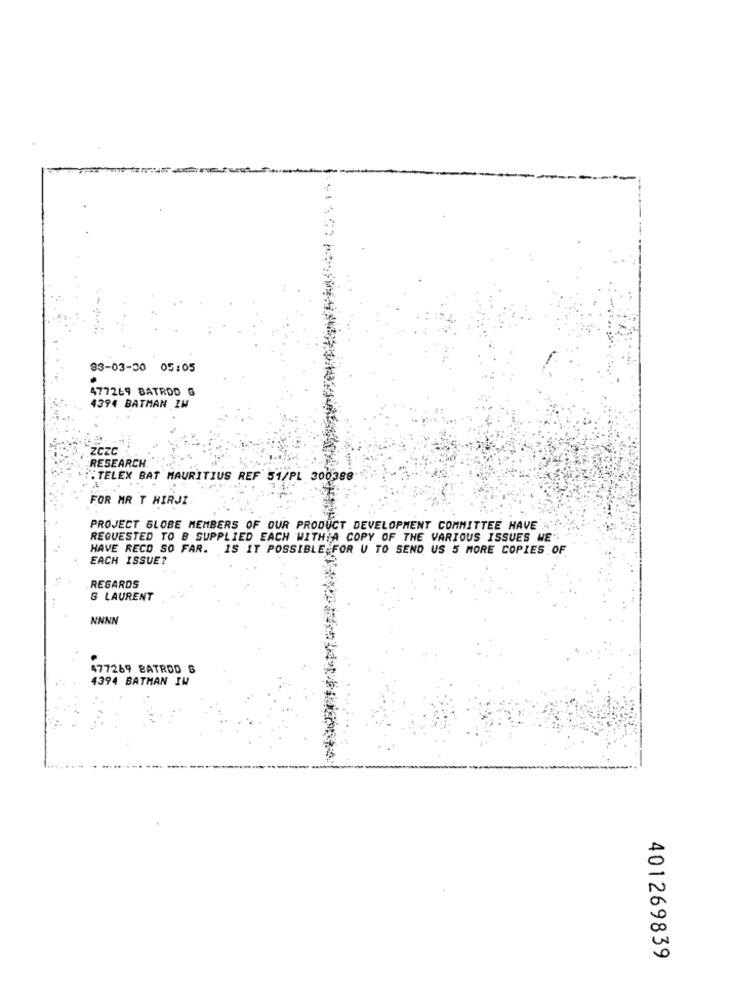
83-03-30 05:05
477269 BATRDO G
4394 BATMAN IM
ZCZC
RESEARCH
"TELEX BAT MAURITIUS REF 51/PL 300388
FOR MR T HIRJI
PROJECT GLOBE MEMBERS OF OUR PRODUCT DEVELOPMENT COMMITTEE HAVE
REQUESTED TO B SUPPLIED EACH WITHA COPY OF THE VARIOUS ISSUES WE"
HAVE RECO SO FAR. IS IT POSSIBLE FOR U TO SEND US 5 MORE COPIES OF
EACH ISSUE?
REGARDS
G LAURENT
NNNN
477269 BATROD 8
4394 BATMAN IM
401269839